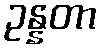
ဥန္နတာ